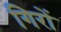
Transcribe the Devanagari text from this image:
गिरों